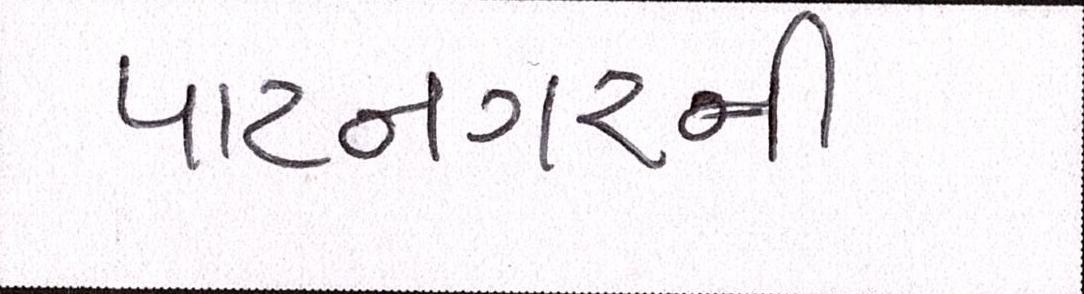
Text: પાટનગરની